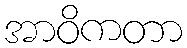
အာဝိကတာ